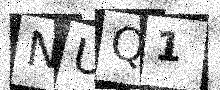
Text: NUQ1